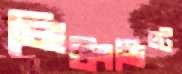
লিউংভিস্ট